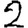
Digit: 2